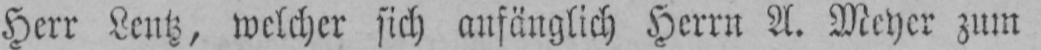
Herr Lentz, welcher sich anfänglich Herrn A. Meyer zum